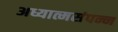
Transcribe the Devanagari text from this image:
अध्यात्मसंपन्न